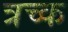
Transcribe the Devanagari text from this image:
त्रच्क